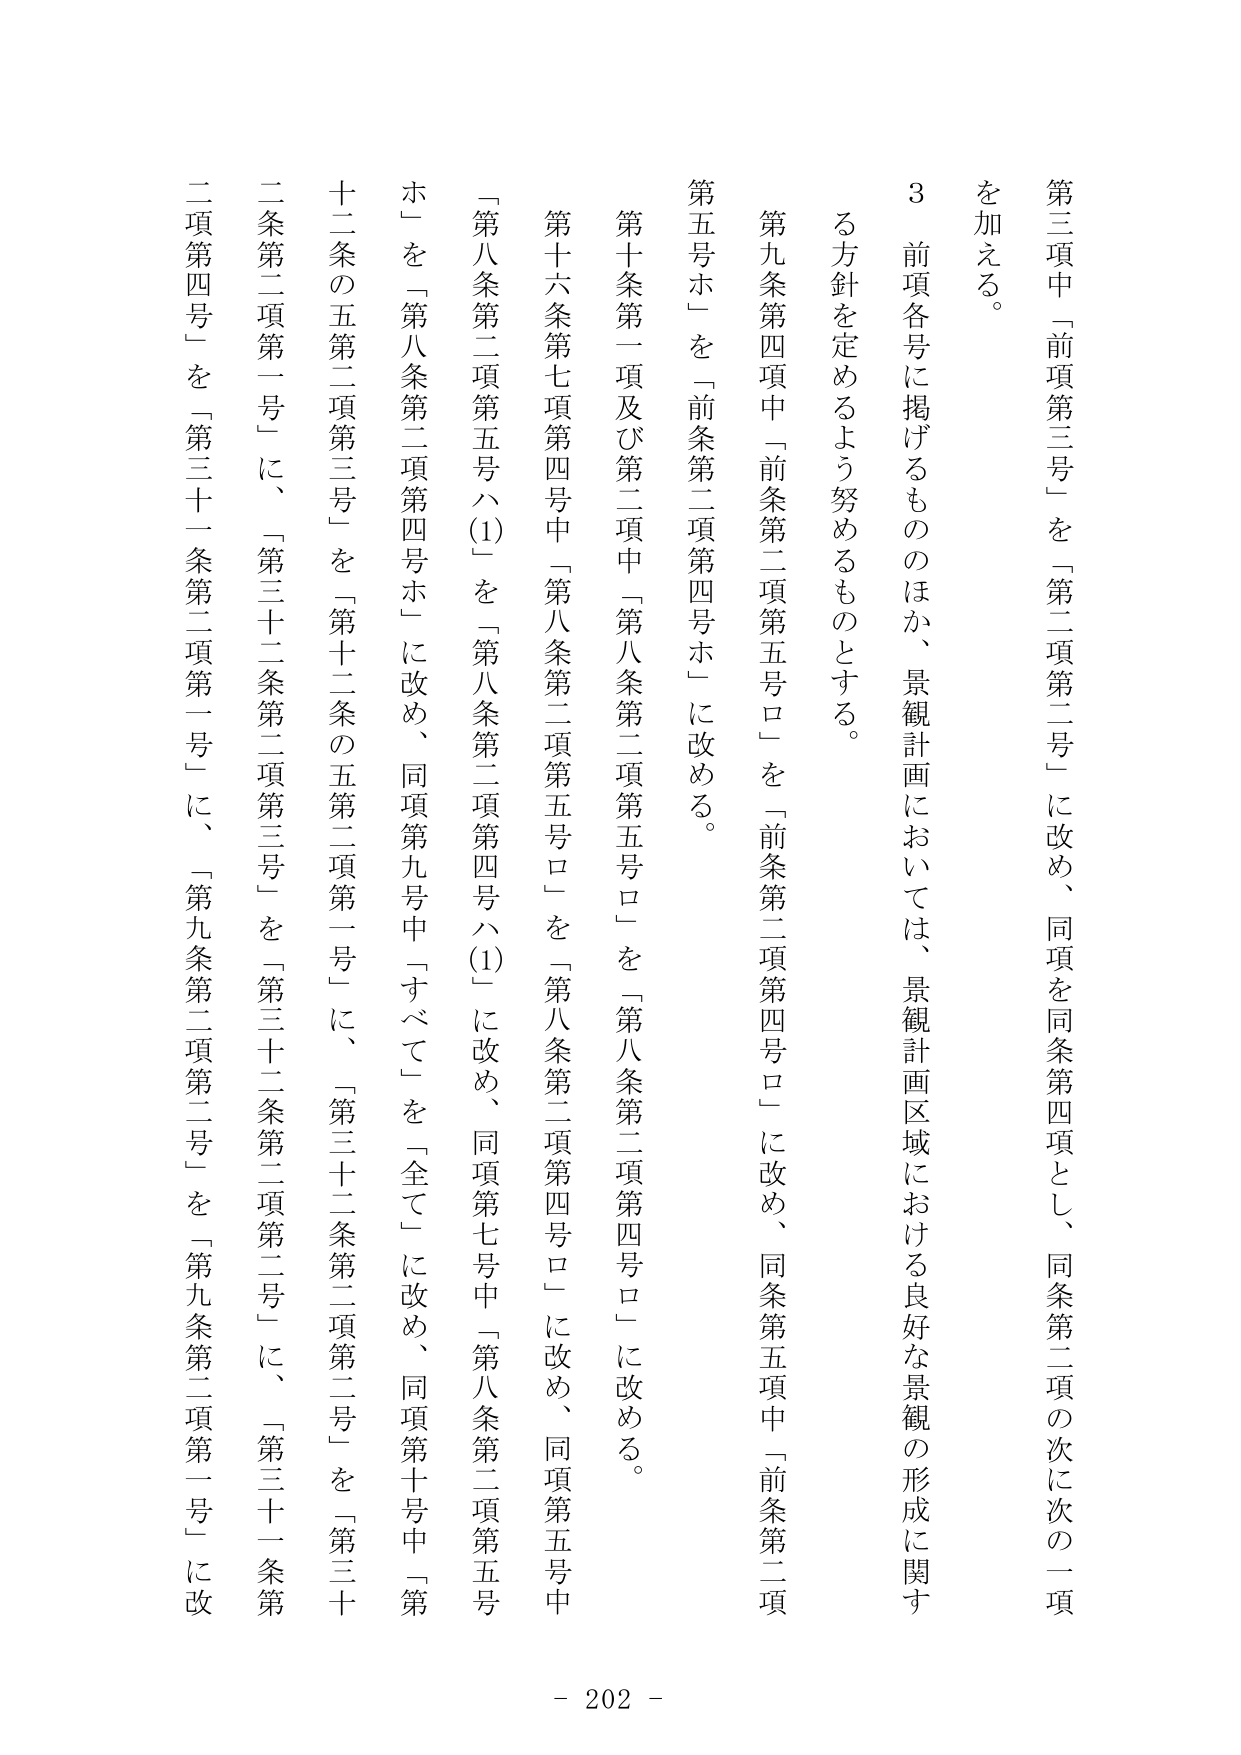
第三項中「前項第三号」を「第二項第二号」に改め、同項を同条第四項とし、同条第二項の次に次の一項
を加える。
3 前項各号に掲げるもののほか、景観計画においては、景観計画区域における良好な景観の形成に関す
る方針を定めるよう努めるものとする。
第九条第四項中「前条第二項第五号ロ」を「前条第二項第四号ロ」に改め、同条第五項中「前条第二項
第五号ホ」を「前条第二項第四号ホ」に改める。
第十条第一項及び第二項中「第八条第二項第五号ロ」を「第八条第二項第四号ロ」に改める。
第十六条第七項第四号中「第八条第二項第五号ロ」を「第八条第二項第四号ロ」に改め、同項第五号中
「第八条第二項第五号ハ(1)」を「第八条第二項第四号ハ(1)」に改め、同項第七号中「第八条第二項第五号
ホ」を「第八条第二項第四号ホ」に改め、同項第九号中「すべて」を「全て」に改め、同項第十号中「第
十二条の五第二項第三号」を「第十二条の五第二項第一号」に、「第三十二条第二項第二号」を「第三十
二条第二項第一号」に、「第三十二条第二項第三号」を「第三十二条第二項第二号」に、「第三十一条第
二項第四号」を「第三十一条第二項第一号」に、「第九条第二項第二号」を「第九条第二項第一号」に改
- 202 -